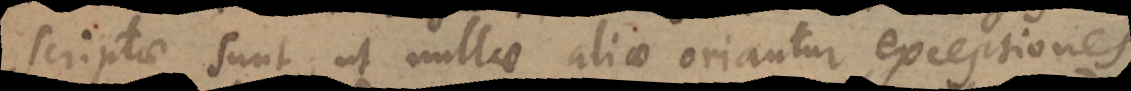
scriptae sunt, ut nullae aliae oriantur exceptiones,